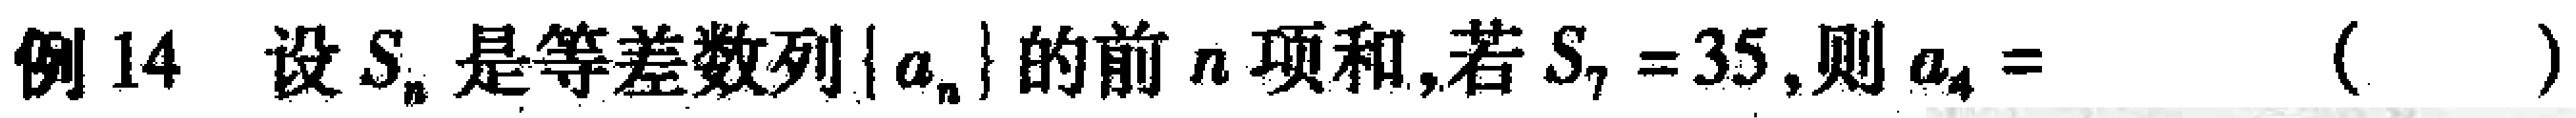
例14 设\(S_{n}\)是等差数列\(\{ a_{n}\}\)的前\(n\)项和,若\(S_{7}=35\),则\(a_{4}=\)（  ）